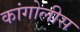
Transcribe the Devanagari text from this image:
कांगोलीस